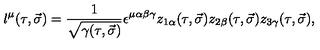
l ^ { \mu } ( \tau , \vec { \sigma } ) = \frac { 1 } { \sqrt { \gamma ( \tau , \vec { \sigma } ) } } \epsilon ^ { \mu \alpha \beta \gamma } z _ { 1 \alpha } ( \tau , \vec { \sigma } ) z _ { 2 \beta } ( \tau , \vec { \sigma } ) z _ { 3 \gamma } ( \tau , \vec { \sigma } ) ,